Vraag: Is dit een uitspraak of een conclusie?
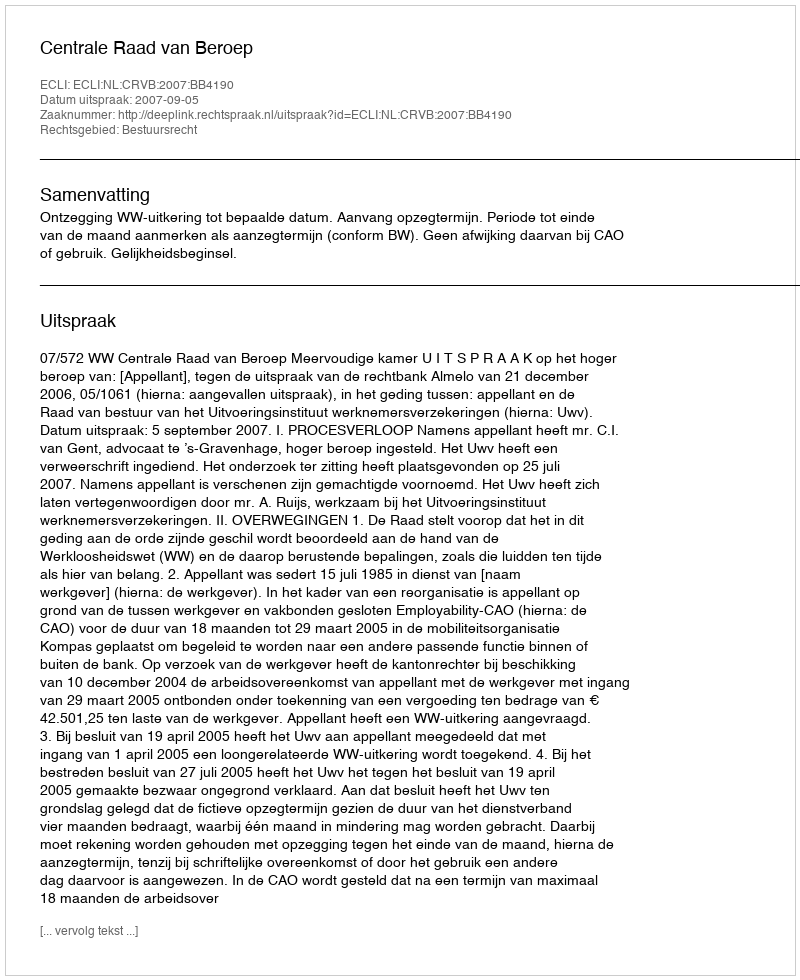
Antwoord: Uitspraak